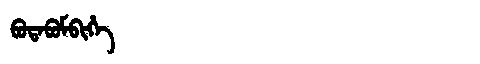
Manchu: ᠪᡠᡨᠠᠪᡠᠮᠪᡳᡥᡝ
Romanization: BUTABUMBIHE